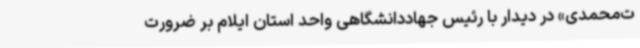
ت‌محمدی» در دیدار با رئیس جهاددانشگاهی واحد استان ایلام بر ضرورت